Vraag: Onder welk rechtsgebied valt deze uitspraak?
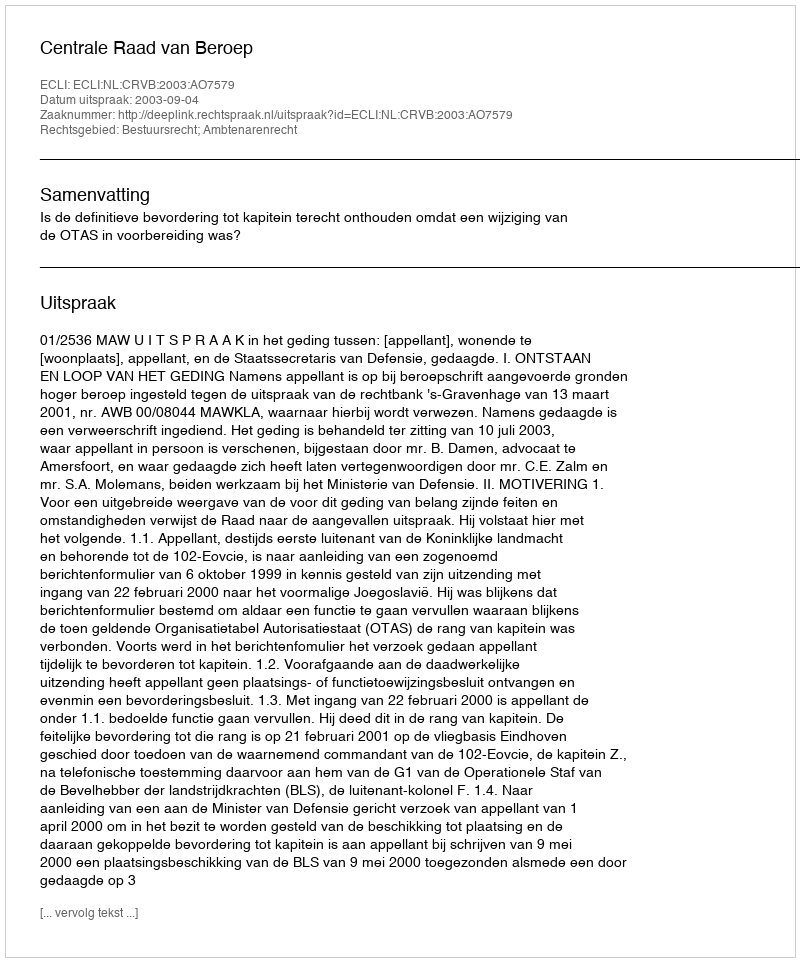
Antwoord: Bestuursrecht; Ambtenarenrecht